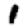
Digit: 1